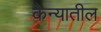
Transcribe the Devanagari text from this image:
केन्यातील